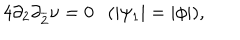
4 \partial _ { 2 } \partial _ { \overline { { { 2 } } } } \nu = 0 ( | \psi _ { 1 } | = | \phi | ) ,